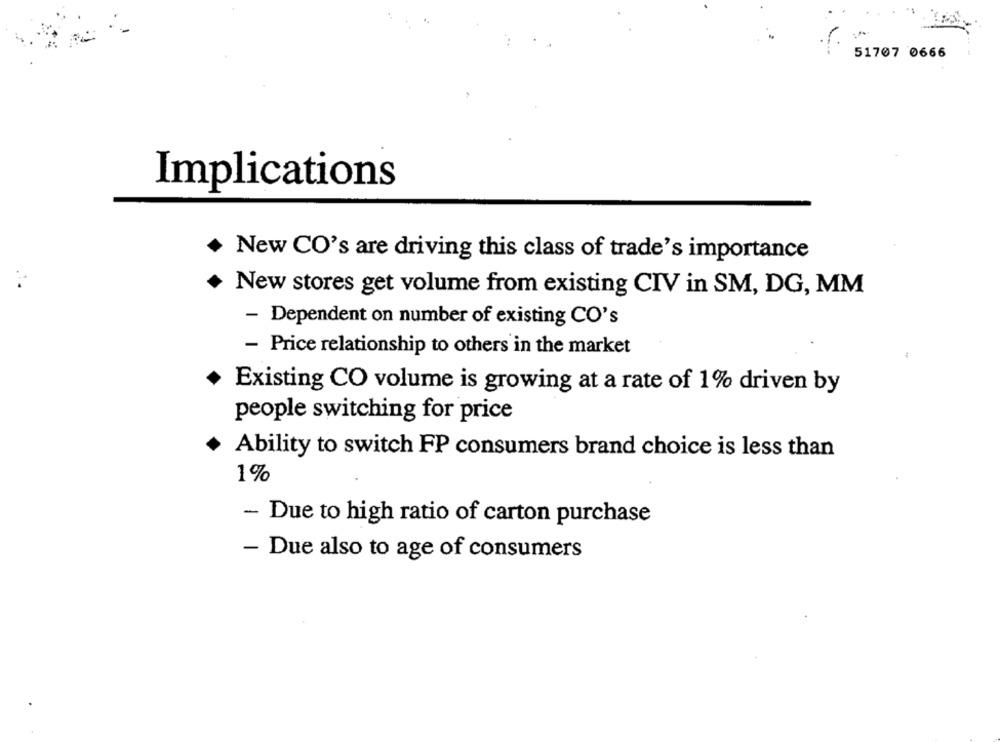
51707 0666
Implications
New CO's are driving this class of trade's importance
New stores get volume from existing CIV in SM, DG, MM
- Dependent on number of existing CO's
- Price relationship to others in the market
Existing CO volume is growing at a rate of 1% driven by
people switching for price
. Ability to switch FP consumers brand choice is less than
1%
- Due to high ratio of carton purchase
- Due also to age of consumers